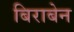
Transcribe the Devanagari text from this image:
बिराबेन